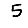
Digit: 5